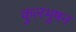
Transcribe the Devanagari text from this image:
कुलभुषन